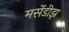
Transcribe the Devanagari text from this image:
मर्सेडीझ